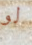
لو